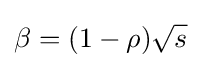
\beta =(1-\rho ){\sqrt {s}}